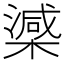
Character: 𣚘